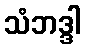
သံဘဒ္ဒါ